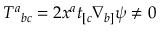
T ^ { a } { } _ { b c } = 2 x ^ { a } t _ { [ c } \nabla _ { b ] } \psi \neq 0